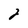
Character: 2